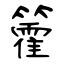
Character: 籗